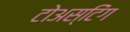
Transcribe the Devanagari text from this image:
टोअस्टिंग